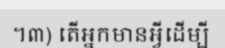
។៣) តើអ្នកមានអ្វីដើម្បី